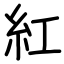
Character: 紅